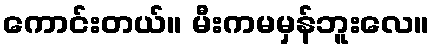
ကောင်းတယ်။ မီးကမမှန်ဘူးလေ။